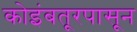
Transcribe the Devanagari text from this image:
कोइंबतूरपासून